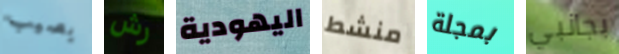
يصيب رش اليهودية منشط بمجلة بجانبي